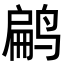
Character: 𬸜